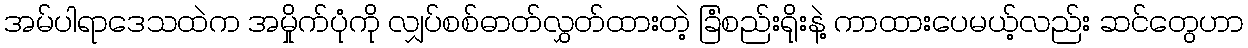
အမ်ပါရာဒေသထဲက အမှိုက်ပုံကို လျှပ်စစ်ဓာတ်လွှတ်ထားတဲ့ ခြံစည်းရိုးနဲ့ ကာထားပေမယ့်လည်း ဆင်တွေဟာ